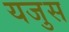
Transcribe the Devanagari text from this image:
यजुस